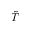
\tilde { T }